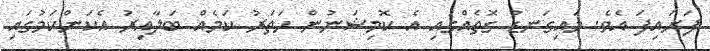
ފަށައިފަ އެވެ. މައިގަނޑު ގޮތެއްގައި އެ ކޮމިޝަނުން ހަތަރު ކަމެއް ބަލާއިރު އެކަންކަމުގައި